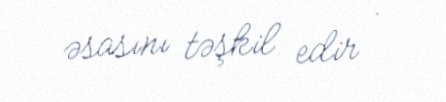
əsasını təşkil edir .